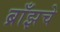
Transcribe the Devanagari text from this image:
ब्राँझचे